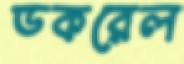
ডকরেল